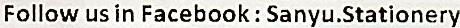
FOLLOW US IN FACEBOOK : SANYU.STATIONERY